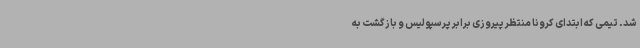
‌شد. تیمی که ابتدای کرونا منتظر پیروزی برابر پرسپولیس و بازگشت به